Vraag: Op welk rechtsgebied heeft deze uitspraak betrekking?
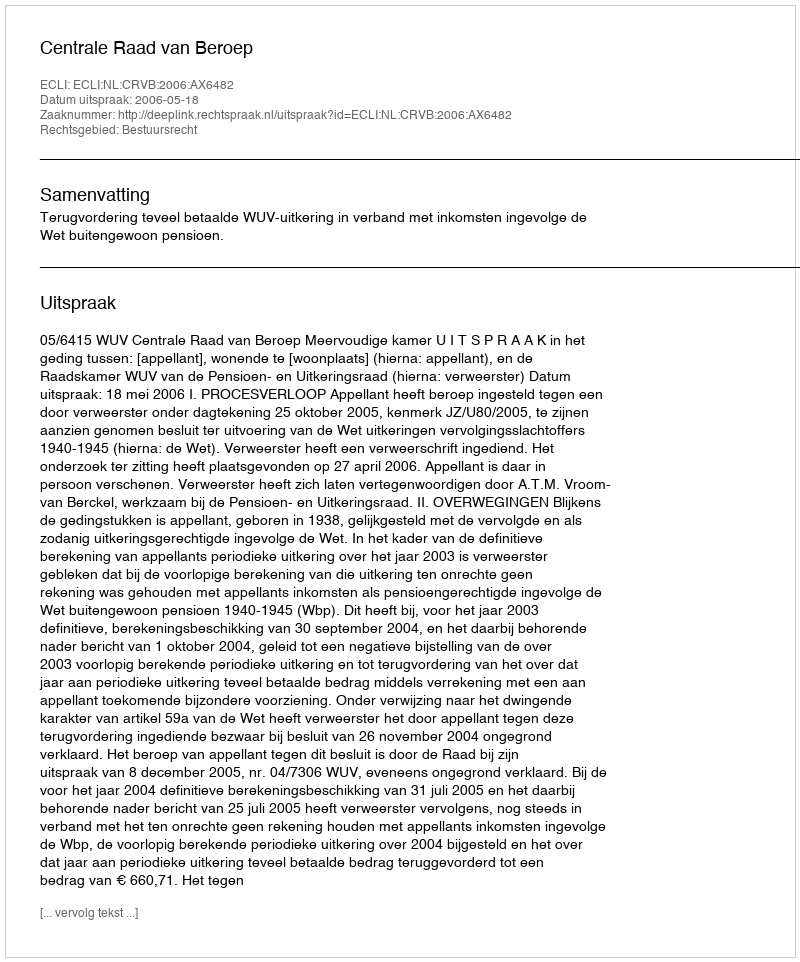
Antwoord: Bestuursrecht